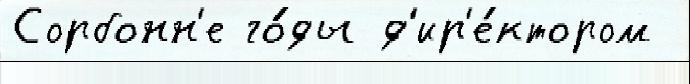
Сорбонн'е го́ды д'ир'е́ктором